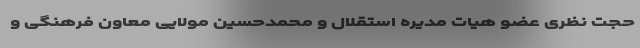
حجت نظری عضو هیات مدیره استقلال و محمدحسین مولایی معاون فرهنگی و